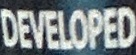
DEVELOPED